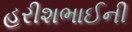
હરીશભાઈની